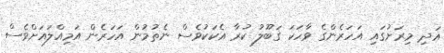
އަދި މިރަށުގައި އަހަރެންގެ ވާހަކަ ގަބޫލު ކުރާ އެކަކުވެސް ނެތުމުން އަހަރެން އަމިއްލައަށްވެސް